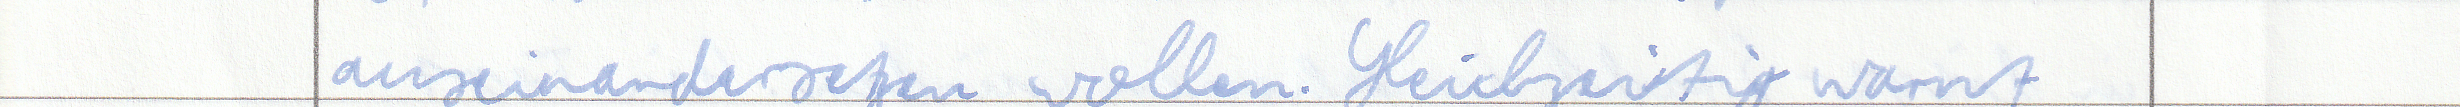
auseinandersetzen wollen. Gleichzeitig warnt